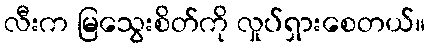
လီးက မြသွေးစိတ်ကို လှုပ်ရှားစေတယ်။